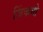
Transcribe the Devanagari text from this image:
जिंकगो